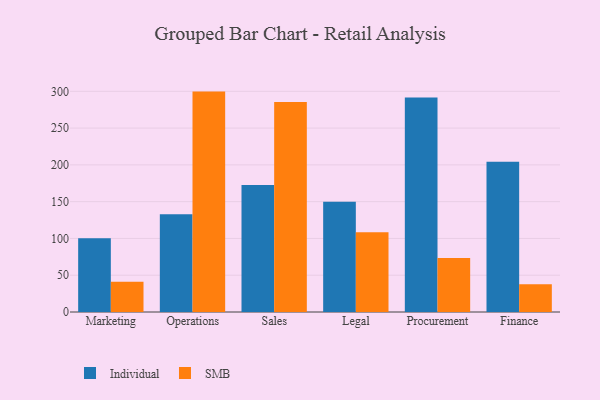
{"axis": {"x": "Department", "y": "Waste Production (Tons)"}, "legend": ["Individual", "SMB"], "data": [{"x": "Marketing", "y": 100.1, "type": "Individual"}, {"x": "Marketing", "y": 41.2, "type": "SMB"}, {"x": "Operations", "y": 132.9, "type": "Individual"}, {"x": "Operations", "y": 299.6, "type": "SMB"}, {"x": "Sales", "y": 172.8, "type": "Individual"}, {"x": "Sales", "y": 285.5, "type": "SMB"}, {"x": "Legal", "y": 149.9, "type": "Individual"}, {"x": "Legal", "y": 108.3, "type": "SMB"}, {"x": "Procurement", "y": 291.7, "type": "Individual"}, {"x": "Procurement", "y": 73.4, "type": "SMB"}, {"x": "Finance", "y": 204.4, "type": "Individual"}, {"x": "Finance", "y": 37.7, "type": "SMB"}]}